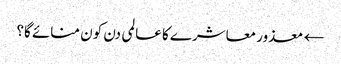
← معذور معاشرے کا عالمی دن کون منائے گا؟